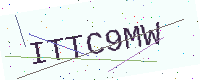
Text: ITTC9MW